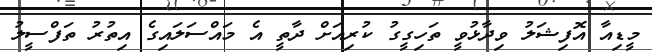
މީޑިއާ އޮފިޝަލު ވިދާޅުވީ ތަހިގީގު ކުރިއަށް ދާތީ އެ މައްސަލައިގެ އިތުރު ތަފްސީލު